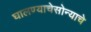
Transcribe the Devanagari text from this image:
घालण्याचेसोन्याचे